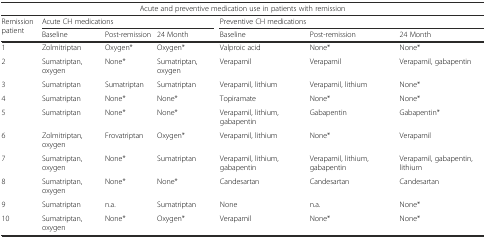
| <COLSPAN=7> Acute and preventive medication use in patients with remission |
 | <ROWSPAN=2> Remission patient | <COLSPAN=3> Acute CH medications | <COLSPAN=3> Preventive CH medications |
 | Baseline | Post-remission | 24 Month | Baseline | Post-remission | 24 Month |
 | --- | --- | --- | --- | --- | --- | --- |
 | 1 | Zolmitriptan | Oxygen* | Oxygen* | Valproic acid | None* | None* |
 | 2 | Sumatriptan, oxygen | None* | Sumatriptan, oxygen | Verapamil | Verapamil | Verapamil, gabapentin |
 | 3 | Sumatriptan | Sumatriptan | Sumatriptan | Verapamil, lithium | Verapamil, lithium | None* |
 | 4 | Sumatriptan | None* | None* | Topiramate | None* | None* |
 | 5 | Sumatriptan | None* | None* | Verapamil, lithium, gabapentin | Gabapentin | Gabapentin* |
 | 6 | Zolmitriptan, oxygen | Frovatriptan | Oxygen* | Verapamil, lithium | None* | Verapamil |
 | 7 | Sumatriptan, oxygen | None* | Sumatriptan | Verapamil, lithium, gabapentin | Verapamil, lithium, gabapentin | Verapamil, gabapentin, lithium |
 | 8 | Sumatriptan, oxygen | None* | None* | Candesartan | Candesartan | Candesartan |
 | 9 | Sumatriptan | n.a. | Sumatriptan | None | n.a. | None* |
 | 10 | Sumatriptan, oxygen | None* | Oxygen* | Verapamil | None* | None* |